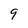
Character: 9